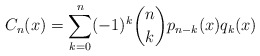
\begin{align*}C_n(x)=\sum_{k=0}^n (-1)^k \binom{n}{k} p_{n-k}(x)q_{k}(x) \end{align*}